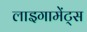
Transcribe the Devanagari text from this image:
लाइगामेंट्स